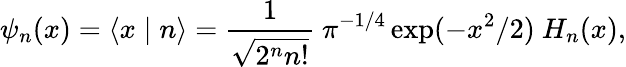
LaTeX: \psi_{n}(x)=\left\langle x\mid n\right\rangle={\frac{1}{\sqrt{2^{n}n!}}}~\pi^{-1/4}\exp(-x^{2}/2)~H_{n}(x),